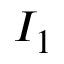
I _ { 1 }